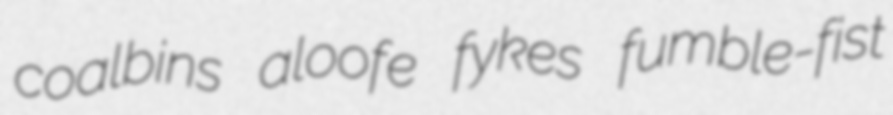
coalbins aloofe fykes fumble-fist